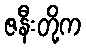
ဇနီးတို့က